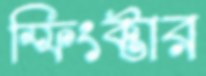
স্ফিংক্টার